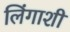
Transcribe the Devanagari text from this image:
लिंगाशी